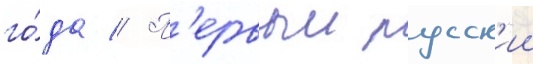
го́да // П'ервыи русск'ии